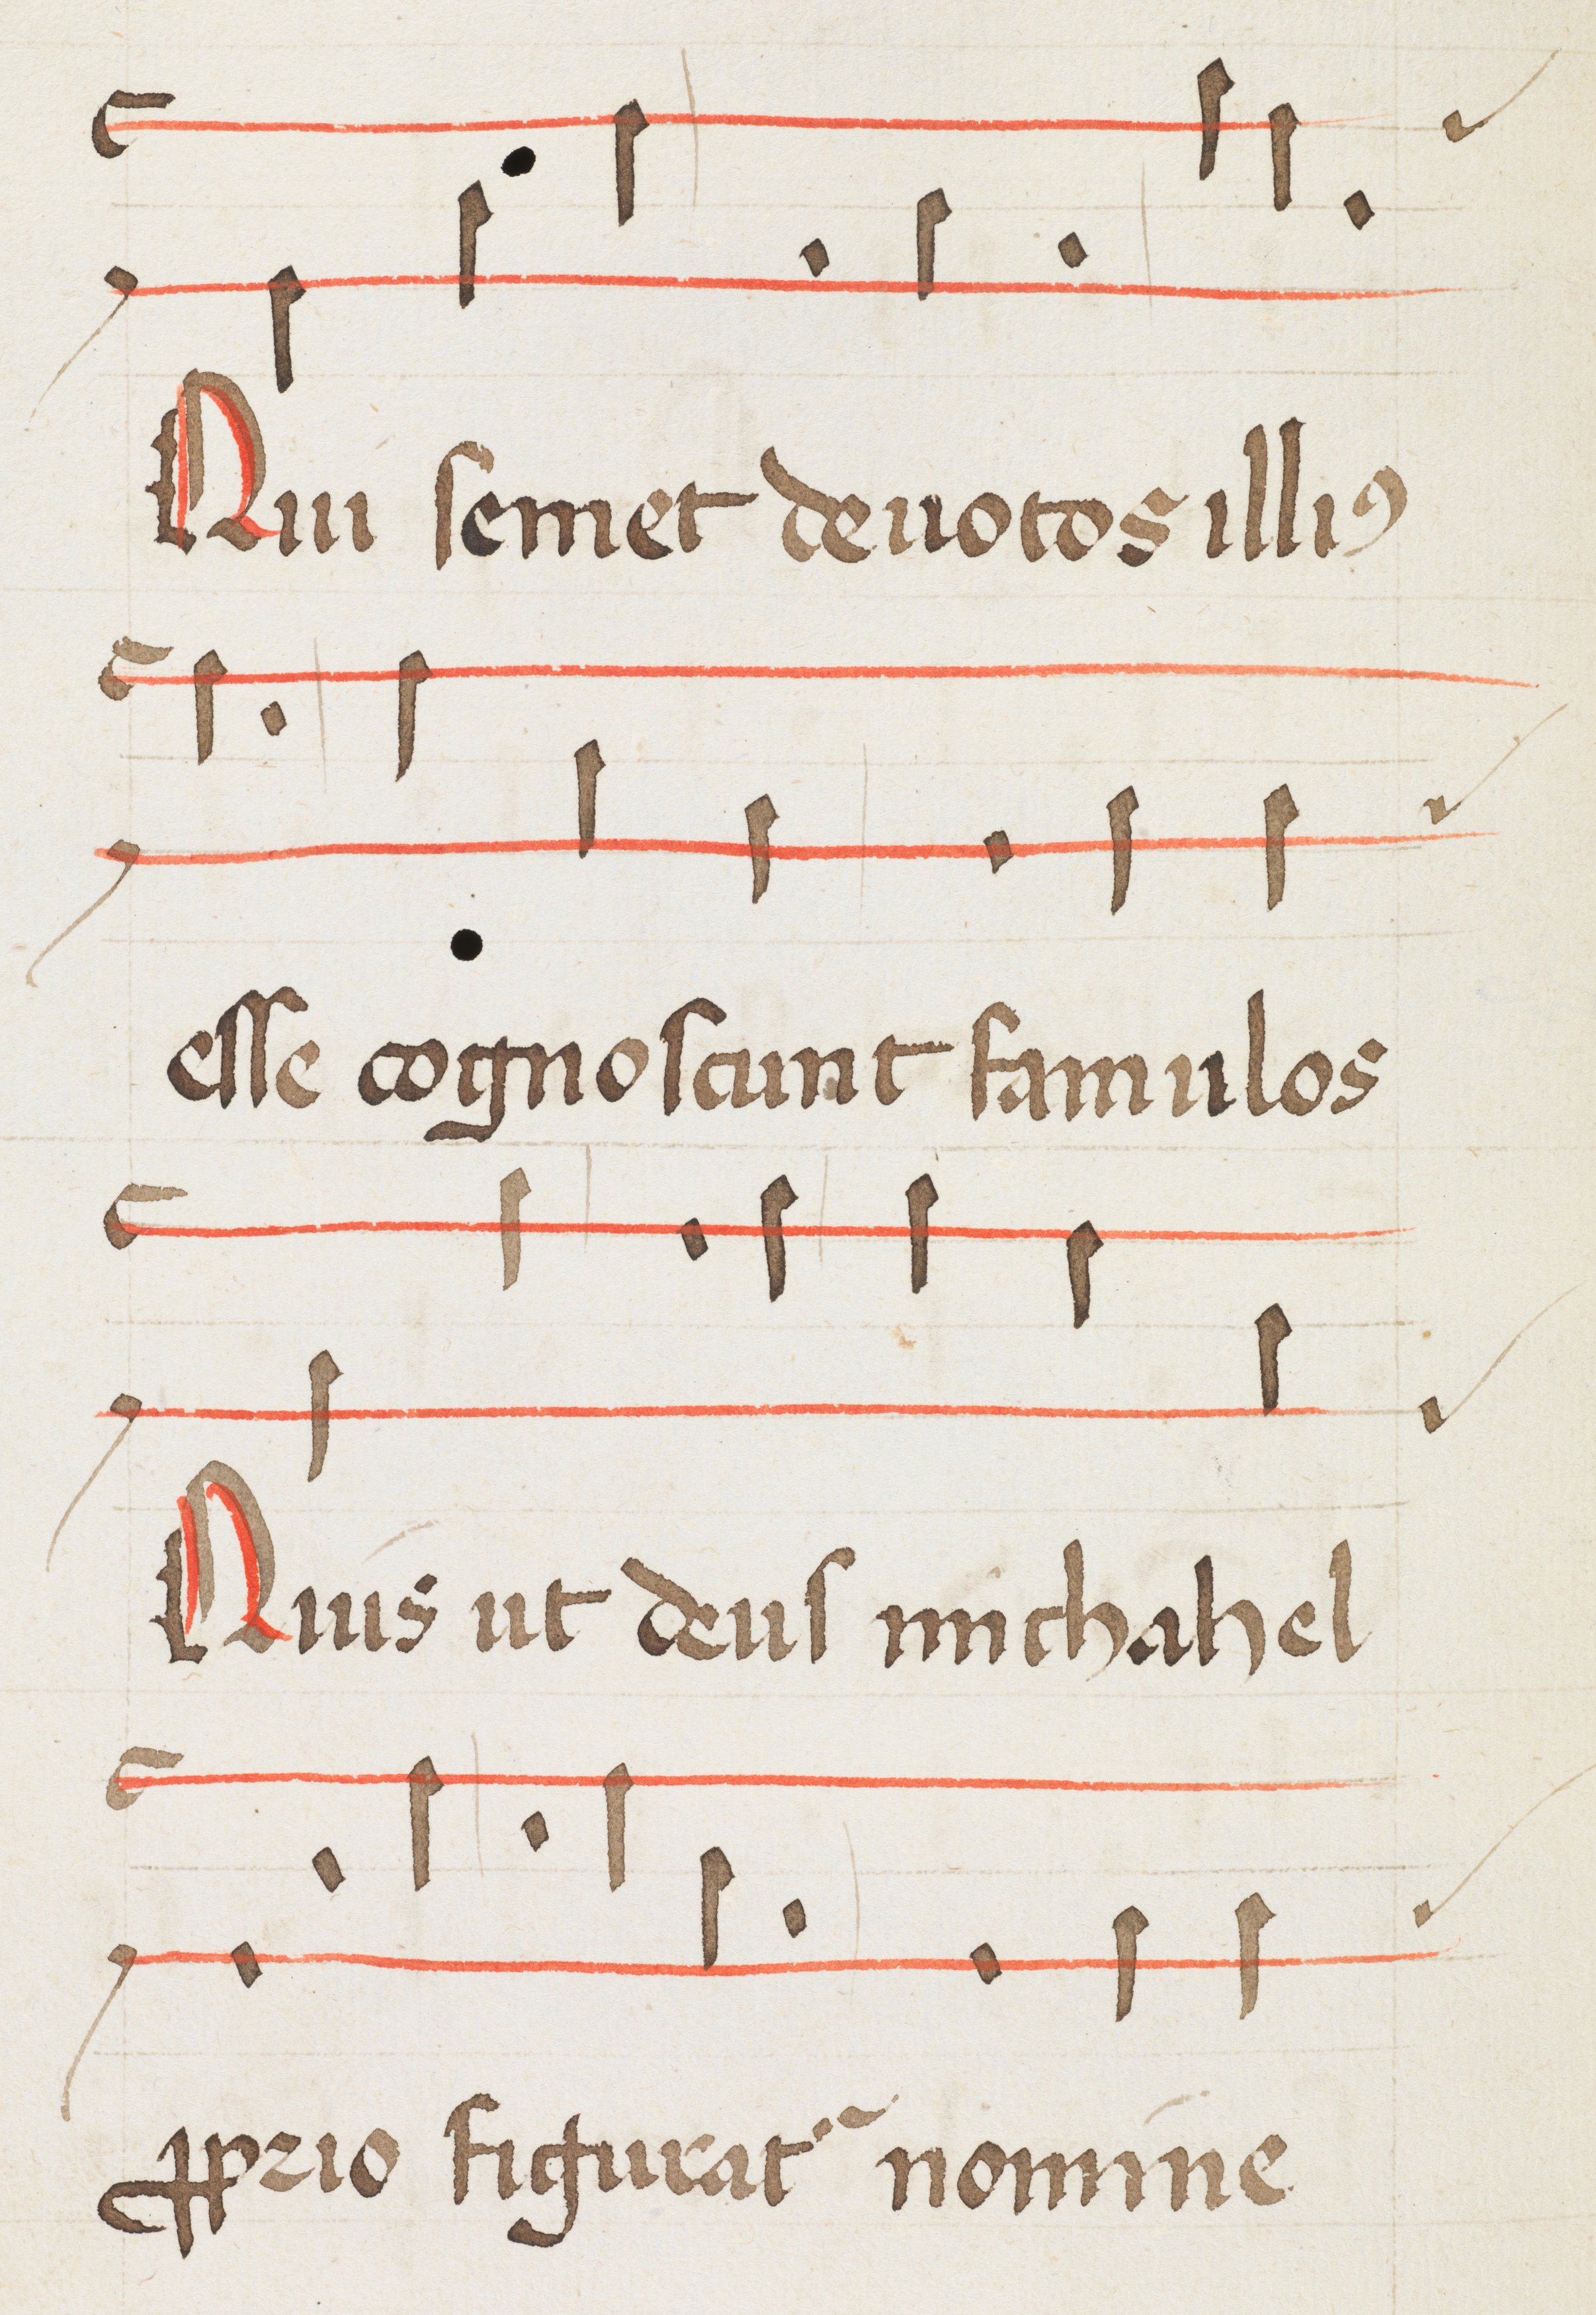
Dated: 1475–1499